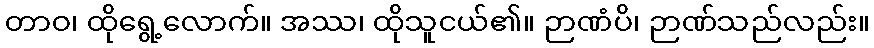
တာဝ၊ ထိုရွေ့လောက်။ အဿ၊ ထိုသူငယ်၏။ ဉာဏံပိ၊ ဉာဏ်သည်လည်း။